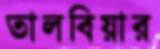
তালবিয়ার